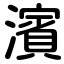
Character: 濱